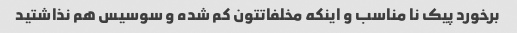
برخورد پیک نا مناسب و اینکه مخلفاتتون کم شده و سوسیس هم نذاشتید